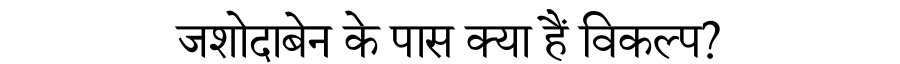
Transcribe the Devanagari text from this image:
जशोदाबेन के पास क्या हैं विकल्प?